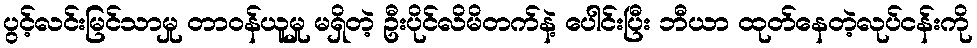
ပွင့်လင်းမြင်သာမှု တာဝန်ယူမှု မရှိတဲ့ ဦးပိုင်လိမိတက်နဲ့ ပေါင်းပြီး ဘီယာ ထုတ်နေတဲ့လုပ်ငန်းကို